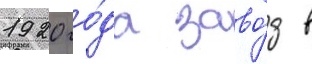
1920 го́да заво́д в